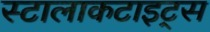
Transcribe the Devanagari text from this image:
स्टालाकटाइट्स